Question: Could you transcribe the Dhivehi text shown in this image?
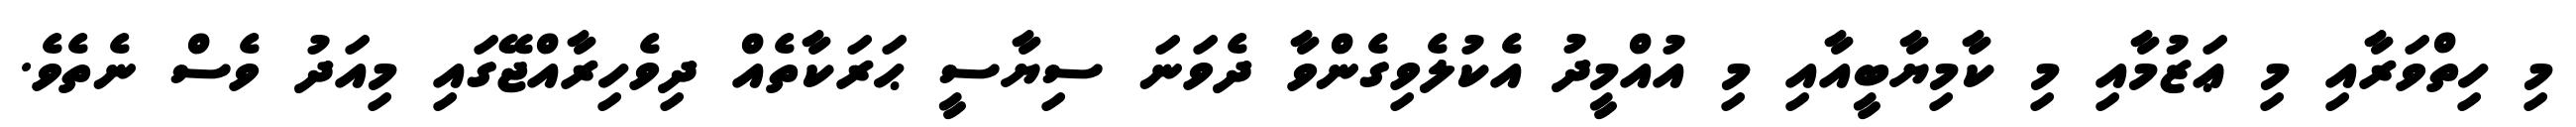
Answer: މި ހިތްވަރާއި މި ޢަޒުމާއި މި ކާމިޔާބީއާއި މި އުއްމީދު އެކުލެވިގެންވާ ދެވަނަ ސިޔާސީ ޙަރަކާތެއް ދިވެހިރާއްޖޭގައި މިއަދު ވެސް ނެތެވެ.